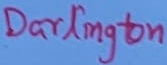
Text: Darlington